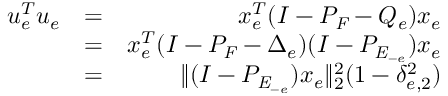
\begin{array} { r l r } { u _ { e } ^ { T } u _ { e } } & { = } & { x _ { e } ^ { T } ( I - P _ { \mathit { F } } - Q _ { e } ) x _ { e } } \\ & { = } & { x _ { e } ^ { T } ( I - P _ { \mathit { F } } - \Delta _ { e } ) ( I - P _ { \mathit { E } _ { - e } } ) x _ { e } } \\ & { = } & { \| ( I - P _ { \mathit { E } _ { - e } } ) x _ { e } \| _ { 2 } ^ { 2 } ( 1 - \delta _ { e , 2 } ^ { 2 } ) } \end{array}